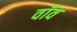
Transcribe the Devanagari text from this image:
वॉव